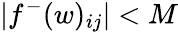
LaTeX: |f^{-}(w)_{ij}|<M